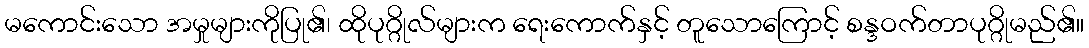
မကောင်းသော အမှုများကိုပြု၏၊ ထိုပုဂ္ဂိုလ်များက ရေးကောက်နှင့် တူသောကြောင့် စန္ဒဝက်တာပုဂ္ဂိုမည်၏။